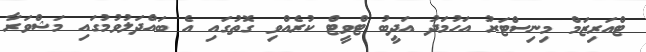
ޓްއަރިޒަމް މިނިސްޓަރު އަހުމަދު އަދީބު ޓްވީޓް ކުރެއްވި ގޮތުގައި އެ ބައްދަލުވުމުގައި މަޝްވަރާ